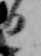
日